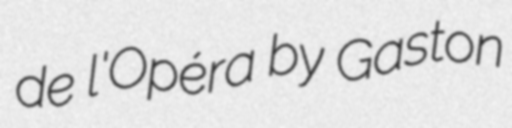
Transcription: de l'Opéra by Gaston